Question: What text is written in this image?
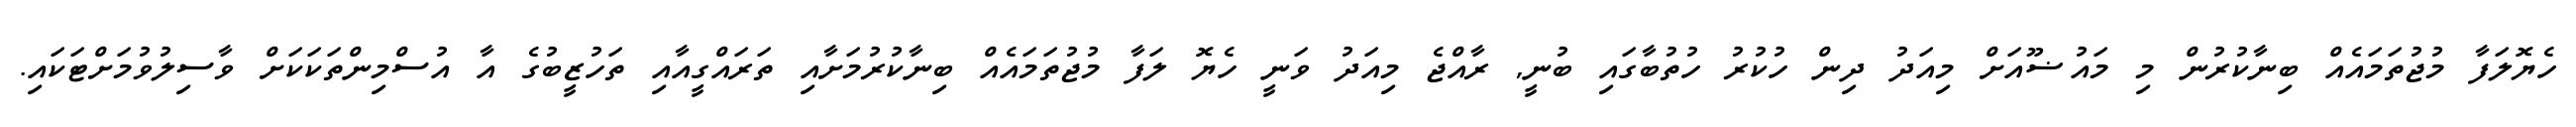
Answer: ހެޔޮލަފާ މުޖުތަމައެއް ބިނާކުރުން މި މައުޟޫއަށް މިއަދު ދިން ހުކުރު ހުތުބާގައި ބުނީ, ރާއްޖެ މިއަދު ވަނީ ހެޔޮ ލަފާ މުޖުތަމައެއް ބިނާކުރުމަށާއި ތަރައްގީއާއި ތަހުޒީބުގެ އާ އުސްމިންތަކަކަށް ވާސިލުވުމަށްޓަކައި.